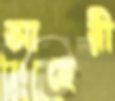
আহেরী